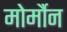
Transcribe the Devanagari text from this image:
मोर्मौन